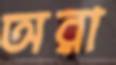
অরা